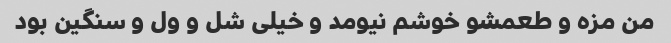
من مزه و طعمشو خوشم نیومد و خیلی شل و ول و سنگین بود